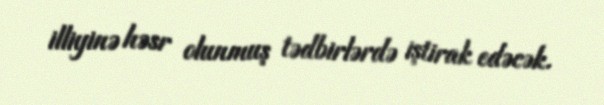
illiyinə həsr olunmuş tədbirlərdə iştirak edəcək.